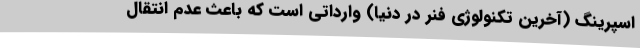
اسپرینگ (آخرین تکنولوژی فنر در دنیا) وارداتی است که باعث عدم انتقال